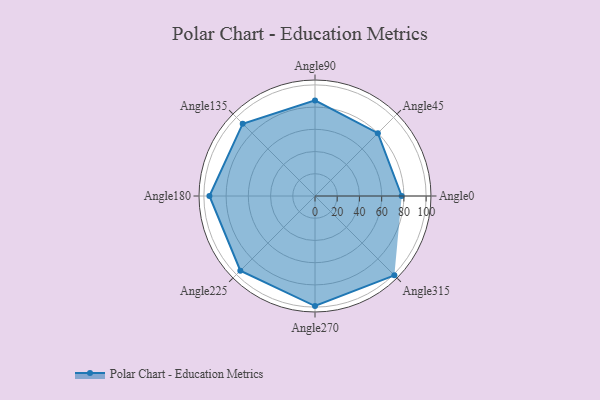
{"axis": {"x": "Angle", "y": "Radius"}, "legend": [""], "data": [{"x": "Angle0", "y": 78.0, "type": ""}, {"x": "Angle45", "y": 80.0, "type": ""}, {"x": "Angle90", "y": 86.0, "type": ""}, {"x": "Angle135", "y": 92.0, "type": ""}, {"x": "Angle180", "y": 95.0, "type": ""}, {"x": "Angle225", "y": 95.0, "type": ""}, {"x": "Angle270", "y": 99.0, "type": ""}, {"x": "Angle315", "y": 101.0, "type": ""}]}